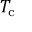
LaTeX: T _ { \mathrm { { c } } }